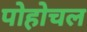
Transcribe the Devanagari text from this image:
पोहोचल